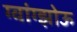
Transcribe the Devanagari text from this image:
ग्वांग्झोऊ